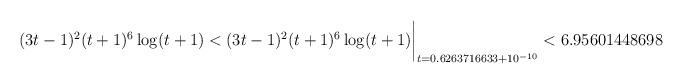
LaTeX: \begin{align*}(3t-1)^2(t+1)^6\log(t+1) < (3t-1)^2(t+1)^6\log(t+1)\biggr\rvert_{t=0.6263716633 + 10^{-10}}< 6.95601448698\end{align*}